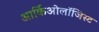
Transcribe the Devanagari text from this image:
आर्किओलॉजिस्ट